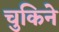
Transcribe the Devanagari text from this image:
चुकिने